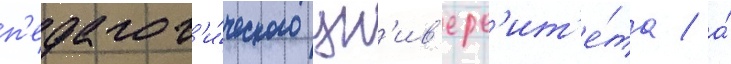
п'едагог'и́ческого ун'ив'ерс'ит'е́та / а́